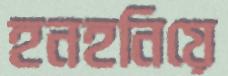
হনহনিয়ে